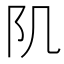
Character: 𨸔